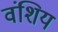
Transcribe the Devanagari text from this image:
वंशिय